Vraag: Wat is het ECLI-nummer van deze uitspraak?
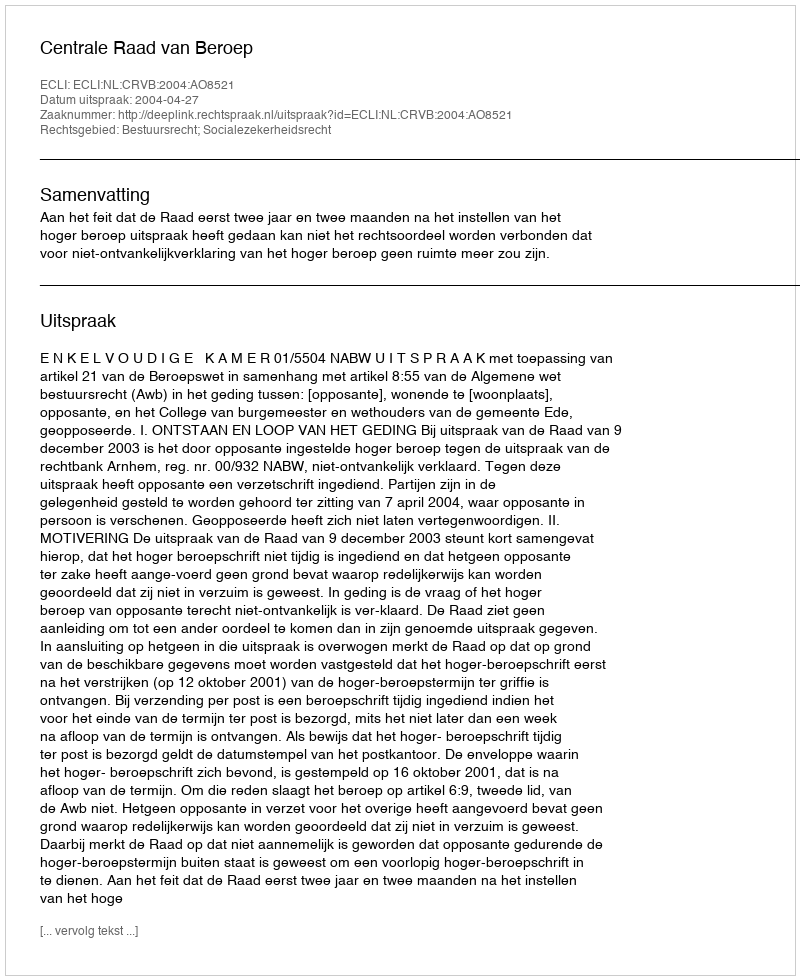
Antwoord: ECLI:NL:CRVB:2004:AO8521